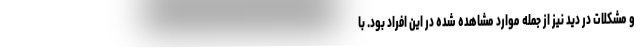
و مشکلات در دید نیز از جمله موارد مشاهده شده در این افراد بود. با